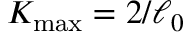
K _ { \mathrm { m a x } } = 2 / \ell _ { 0 }